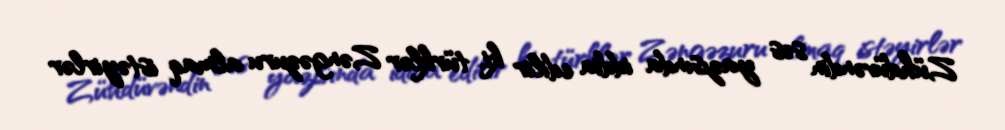
Zühdüvəndin səs yazısında iddia edilir ki, türklər Zəngəzuru almaq istəyirlər